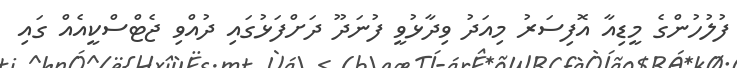
ފުލުހުންގެ މީޑިއާ އޮފިސަރު މިއަދު ވިދާޅުވީ ފުނަދޫ ދަށްފަޅުގައި ދުއްވި ޖެޓްސްކީއެއް ގައި